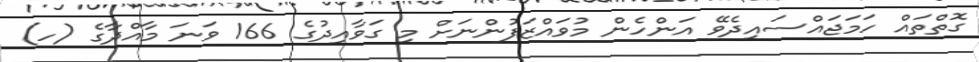
ގޮތްތައް ހަމަޖައްސައިދެވޭ އަންހެން މުވައްޒަފުންނަށް މި ގަވާއިދުގެ 166 ވަނަ މާއްދާގެ (ހ)